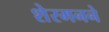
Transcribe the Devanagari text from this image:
शेरमनने